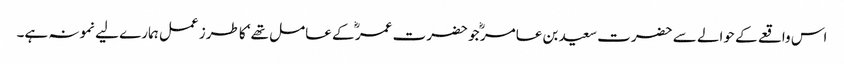
اس واقعے کے حوالے سے حضرت سعید بن عامر ؓ جو حضرت عمر ؓ کے عامل تھے‘ کا طرز عمل ہمارے لیے نمونہ ہے۔